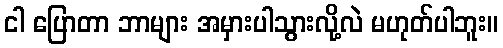
ငါ ပြောတာ ဘာများ အမှားပါသွားလို့လဲ မဟုတ်ပါဘူး။